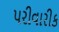
પરીવારીક